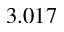
3 . 0 1 7